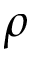
\rho